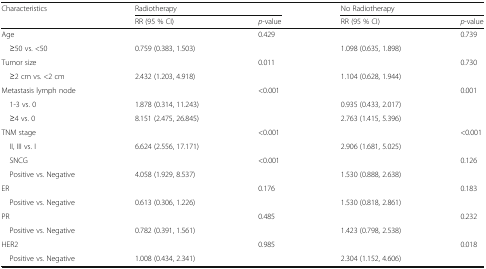
| <ROWSPAN=2> Characteristics | <COLSPAN=2> Radiotherapy | <COLSPAN=2> No Radiotherapy |
 | RR (95 % CI) | p-value | RR (95 % CI) | p-value |
 | --- | --- | --- | --- | --- |
 | Age |  | 0.429 |  | 0.739 |
 | ≥50 vs. <50 | 0.759 (0.383, 1.503) |  | 1.098 (0.635, 1.898) |  |
 | Tumor size |  | 0.011 |  | 0.730 |
 | ≥2 cm vs. <2 cm | 2.432 (1.203, 4.918) |  | 1.104 (0.628, 1.944) |  |
 | Metastasis lymph node |  | <0.001 |  | 0.001 |
 | 1-3 vs. 0 | 1.878 (0.314, 11.243) |  | 0.935 (0.433, 2.017) |  |
 | ≥4 vs. 0 | 8.151 (2.475, 26.845) |  | 2.763 (1.415, 5.396) |  |
 | TNM stage |  | <0.001 |  | <0.001 |
 | II, III vs. I | 6.624 (2.556, 17.171) |  | 2.906 (1.681, 5.025) |  |
 | SNCG |  | <0.001 |  | 0.126 |
 | Positive vs. Negative | 4.058 (1.929, 8.537) |  | 1.530 (0.888, 2.638) |  |
 | ER |  | 0.176 |  | 0.183 |
 | Positive vs. Negative | 0.613 (0.306, 1.226) |  | 1.530 (0.818, 2.861) |  |
 | PR |  | 0.485 |  | 0.232 |
 | Positive vs. Negative | 0.782 (0.391, 1.561) |  | 1.423 (0.798, 2.538) |  |
 | HER2 |  | 0.985 |  | 0.018 |
 | Positive vs. Negative | 1.008 (0.434, 2.341) |  | 2.304 (1.152, 4.606) |  |